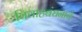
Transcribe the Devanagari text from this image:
विवाहबंधनाचे